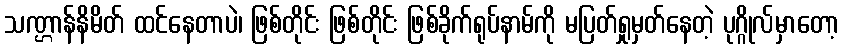
သဏ္ဌာန်နိမိတ် ထင်နေတာပဲ၊ ဖြစ်တိုင်း ဖြစ်တိုင်း ဖြစ်ခိုက်ရုပ်နာမ်ကို မပြတ်ရှုမှတ်နေတဲ့ ပုဂ္ဂိုလ်မှာတော့